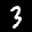
Label: 3